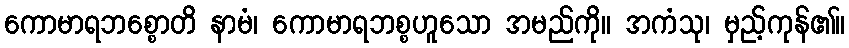
ကောမာရဘစ္စောတိ နာမံ၊ ကောမာရဘစ္စဟူသော အမည်ကို။ အကံသု၊ မှည့်ကုန်၏။